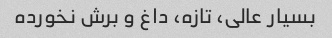
بسیار عالى، تازه، داغ و برش نخورده